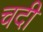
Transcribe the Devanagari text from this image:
चदी